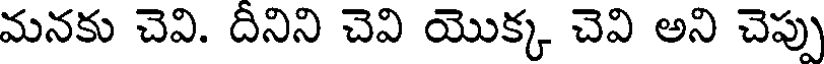
మనకు చెవి. దీనిని చెవి యొక్క చెవి అని చెప్పు